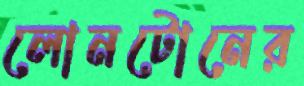
লোনটোনের